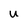
Character: U